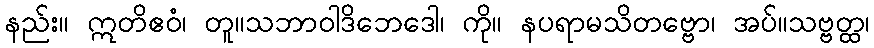
နည်း။ ဣတိဧဝံ၊ တူ။သဘာဝါဒိဘေဒေါ၊ ကို။ နပရာမသိတဗ္ဗော၊ အပ်။သဗ္ဗတ္ထ၊